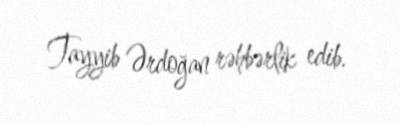
Tayyib Ərdoğan rəhbərlik edib.